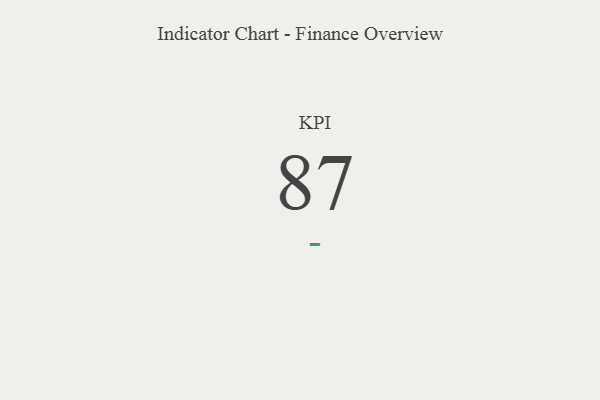
{"axis": {"x": "KPI", "y": "Value"}, "legend": [""], "data": [{"x": "KPI", "y": 87, "type": ""}]}